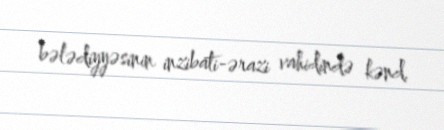
bələdiyyəsinin inzibati-ərazi vahidində kənd.